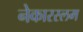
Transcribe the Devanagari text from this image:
नेकारस्लम